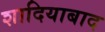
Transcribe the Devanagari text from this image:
शादियाबाद